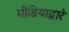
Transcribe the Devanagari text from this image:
मीडियाद्वारे